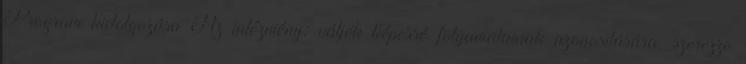
Program kidolgozása Az intézmény: váljék képessé folyamatainak azonosítására, szerezze